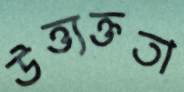
উত্ত্যক্ততা